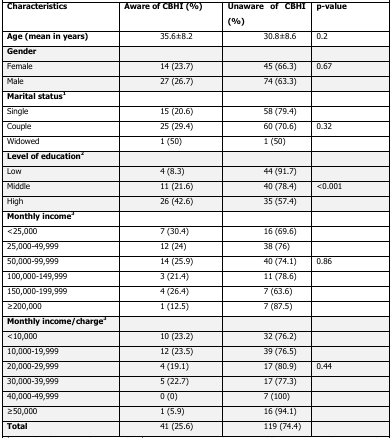
<table><thead><tr><td><b>Characteristics</b></td><td><b>Aware of CBHI (%)</b></td><td><b>Unaware of CBHI (%)</b></td><td><b>p-value</b></td></tr></thead><tbody><tr><td><b>Age (mean in years)</b></td><td>35.6±8.2</td><td>30.8±8.6</td><td>0.2</td></tr><tr><td><b>Gender</b></td><td></td><td></td><td></td></tr><tr><td>Female</td><td>14 (23.7)</td><td>45 (66.3)</td><td>0.67</td></tr><tr><td>Male</td><td>27 (26.7)</td><td>74 (63.3)</td><td></td></tr><tr><td><b>Marital status1</b></td><td></td><td></td><td></td></tr><tr><td>Single</td><td>15 (20.6)</td><td>58 (79.4)</td><td></td></tr><tr><td>Couple</td><td>25 (29.4)</td><td>60 (70.6)</td><td>0.32</td></tr><tr><td>Widowed</td><td>1 (50)</td><td>1 (50)</td><td></td></tr><tr><td><b>Level of education2</b></td><td></td><td></td><td></td></tr><tr><td>Low</td><td>4 (8.3)</td><td>44 (91.7)</td><td></td></tr><tr><td>Middle</td><td>11 (21.6)</td><td>40 (78.4)</td><td>&lt;0.001</td></tr><tr><td>High</td><td>26 (42.6)</td><td>35 (57.4)</td><td></td></tr><tr><td><b>Monthly income3</b></td><td></td><td></td><td></td></tr><tr><td>&lt;25,000</td><td>7 (30.4)</td><td>16 (69.6)</td><td></td></tr><tr><td>25,000-49,999</td><td>12 (24)</td><td>38 (76)</td><td></td></tr><tr><td>50,000-99,999</td><td>14 (25.9)</td><td>40 (74.1)</td><td>0.86</td></tr><tr><td>100,000-149,999</td><td>3 (21.4)</td><td>11 (78.6)</td><td></td></tr><tr><td>150,000-199,999</td><td>4 (26.4)</td><td>7 (63.6)</td><td></td></tr><tr><td>≥200,000</td><td>1 (12.5)</td><td>7 (87.5)</td><td></td></tr><tr><td><b>Monthly income/charge3</b></td><td></td><td></td><td></td></tr><tr><td>&lt;10,000</td><td>10 (23.2)</td><td>32 (76.2)</td><td></td></tr><tr><td>10,000-19,999</td><td>12 (23.5)</td><td>39 (76.5)</td><td></td></tr><tr><td>20,000-29,999</td><td>4 (19.1)</td><td>17 (80.9)</td><td>0.44</td></tr><tr><td>30,000-39,999</td><td>5 (22.7)</td><td>17 (77.3)</td><td></td></tr><tr><td>40,000-49,999</td><td>0 (0)</td><td>7 (100)</td><td></td></tr><tr><td>≥50,000</td><td>1 (5.9)</td><td>16 (94.1)</td><td></td></tr><tr><td><b>Total</b></td><td>41 (25.6)</td><td>119 (74.4)</td><td></td></tr></tbody></table>